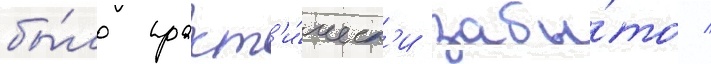
бы́ло практ'и́ческ'и забы́то /